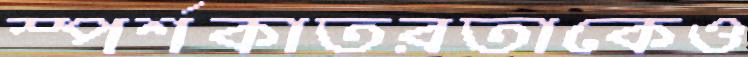
স্পর্শকাতরতাকেও